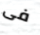
فى